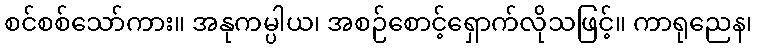
စင်စစ်သော်ကား။ အနုကမ္ပါယ၊ အစဉ်စောင့်ရှောက်လိုသဖြင့်။ ကာရုညေန၊